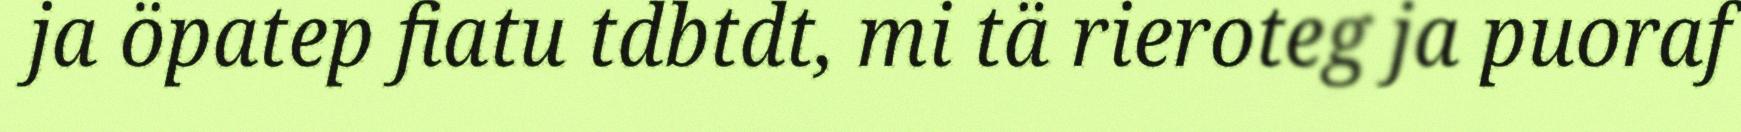
ja öpatep fiatu tdbtdt, mi tä rieroteg ja puoraf